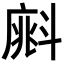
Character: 𣂁